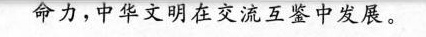
生命力，中华文明在交流互鉴中发展。